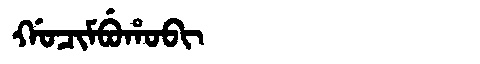
Manchu: ᡤᠣᠴᡳᠮᠪᡠᡥᠣᠪᡳ
Romanization: GOCIMBUHOBI